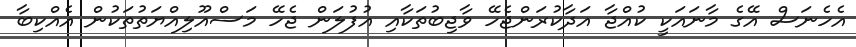
އެހެނަސް އޭގެ މާނައަކީ ކުއްޖާ އަދާކުރަންޖެހޭ ވާޖިބުތަކާއި އުފުލަން ޖެހޭ މަސްއޫލިއްޔަތުތަކުން އެއްކިބާ